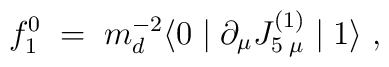
f^0_1 \; = \; m_d^{-2} \langle 0 \mid\partial_\mu J^{(1)}_{5 \; \mu} \mid 1 \rangle \; ,